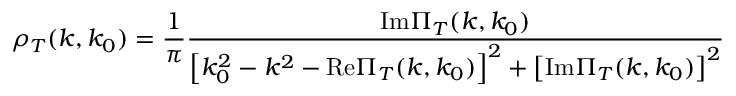
\rho _ { T } ( k , k _ { 0 } ) = \frac { 1 } { \pi } \frac { \mathrm { I m } \Pi _ { T } ( k , k _ { 0 } ) } { \left[ k _ { 0 } ^ { 2 } - k ^ { 2 } - \mathrm { R e } \Pi _ { T } ( k , k _ { 0 } ) \right] ^ { 2 } + \left[ \mathrm { I m } \Pi _ { T } ( k , k _ { 0 } ) \right] ^ { 2 } }